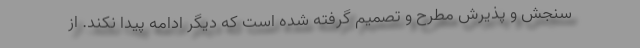
سنجش و پذیرش مطرح و تصمیم گرفته شده است که دیگر ادامه پیدا نکند. از